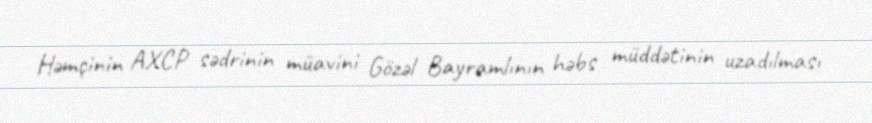
Həmçinin AXCP sədrinin müavini Gözəl Bayramlının həbs müddətinin uzadılması